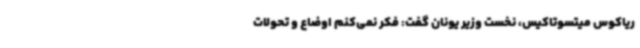
ریاکوس میتسوتاکیس، نخست وزیر یونان گفت:‌ فکر نمی‌کنم اوضاع و تحولات